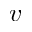
v